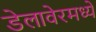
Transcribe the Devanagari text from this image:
डेलावेरमध्ये